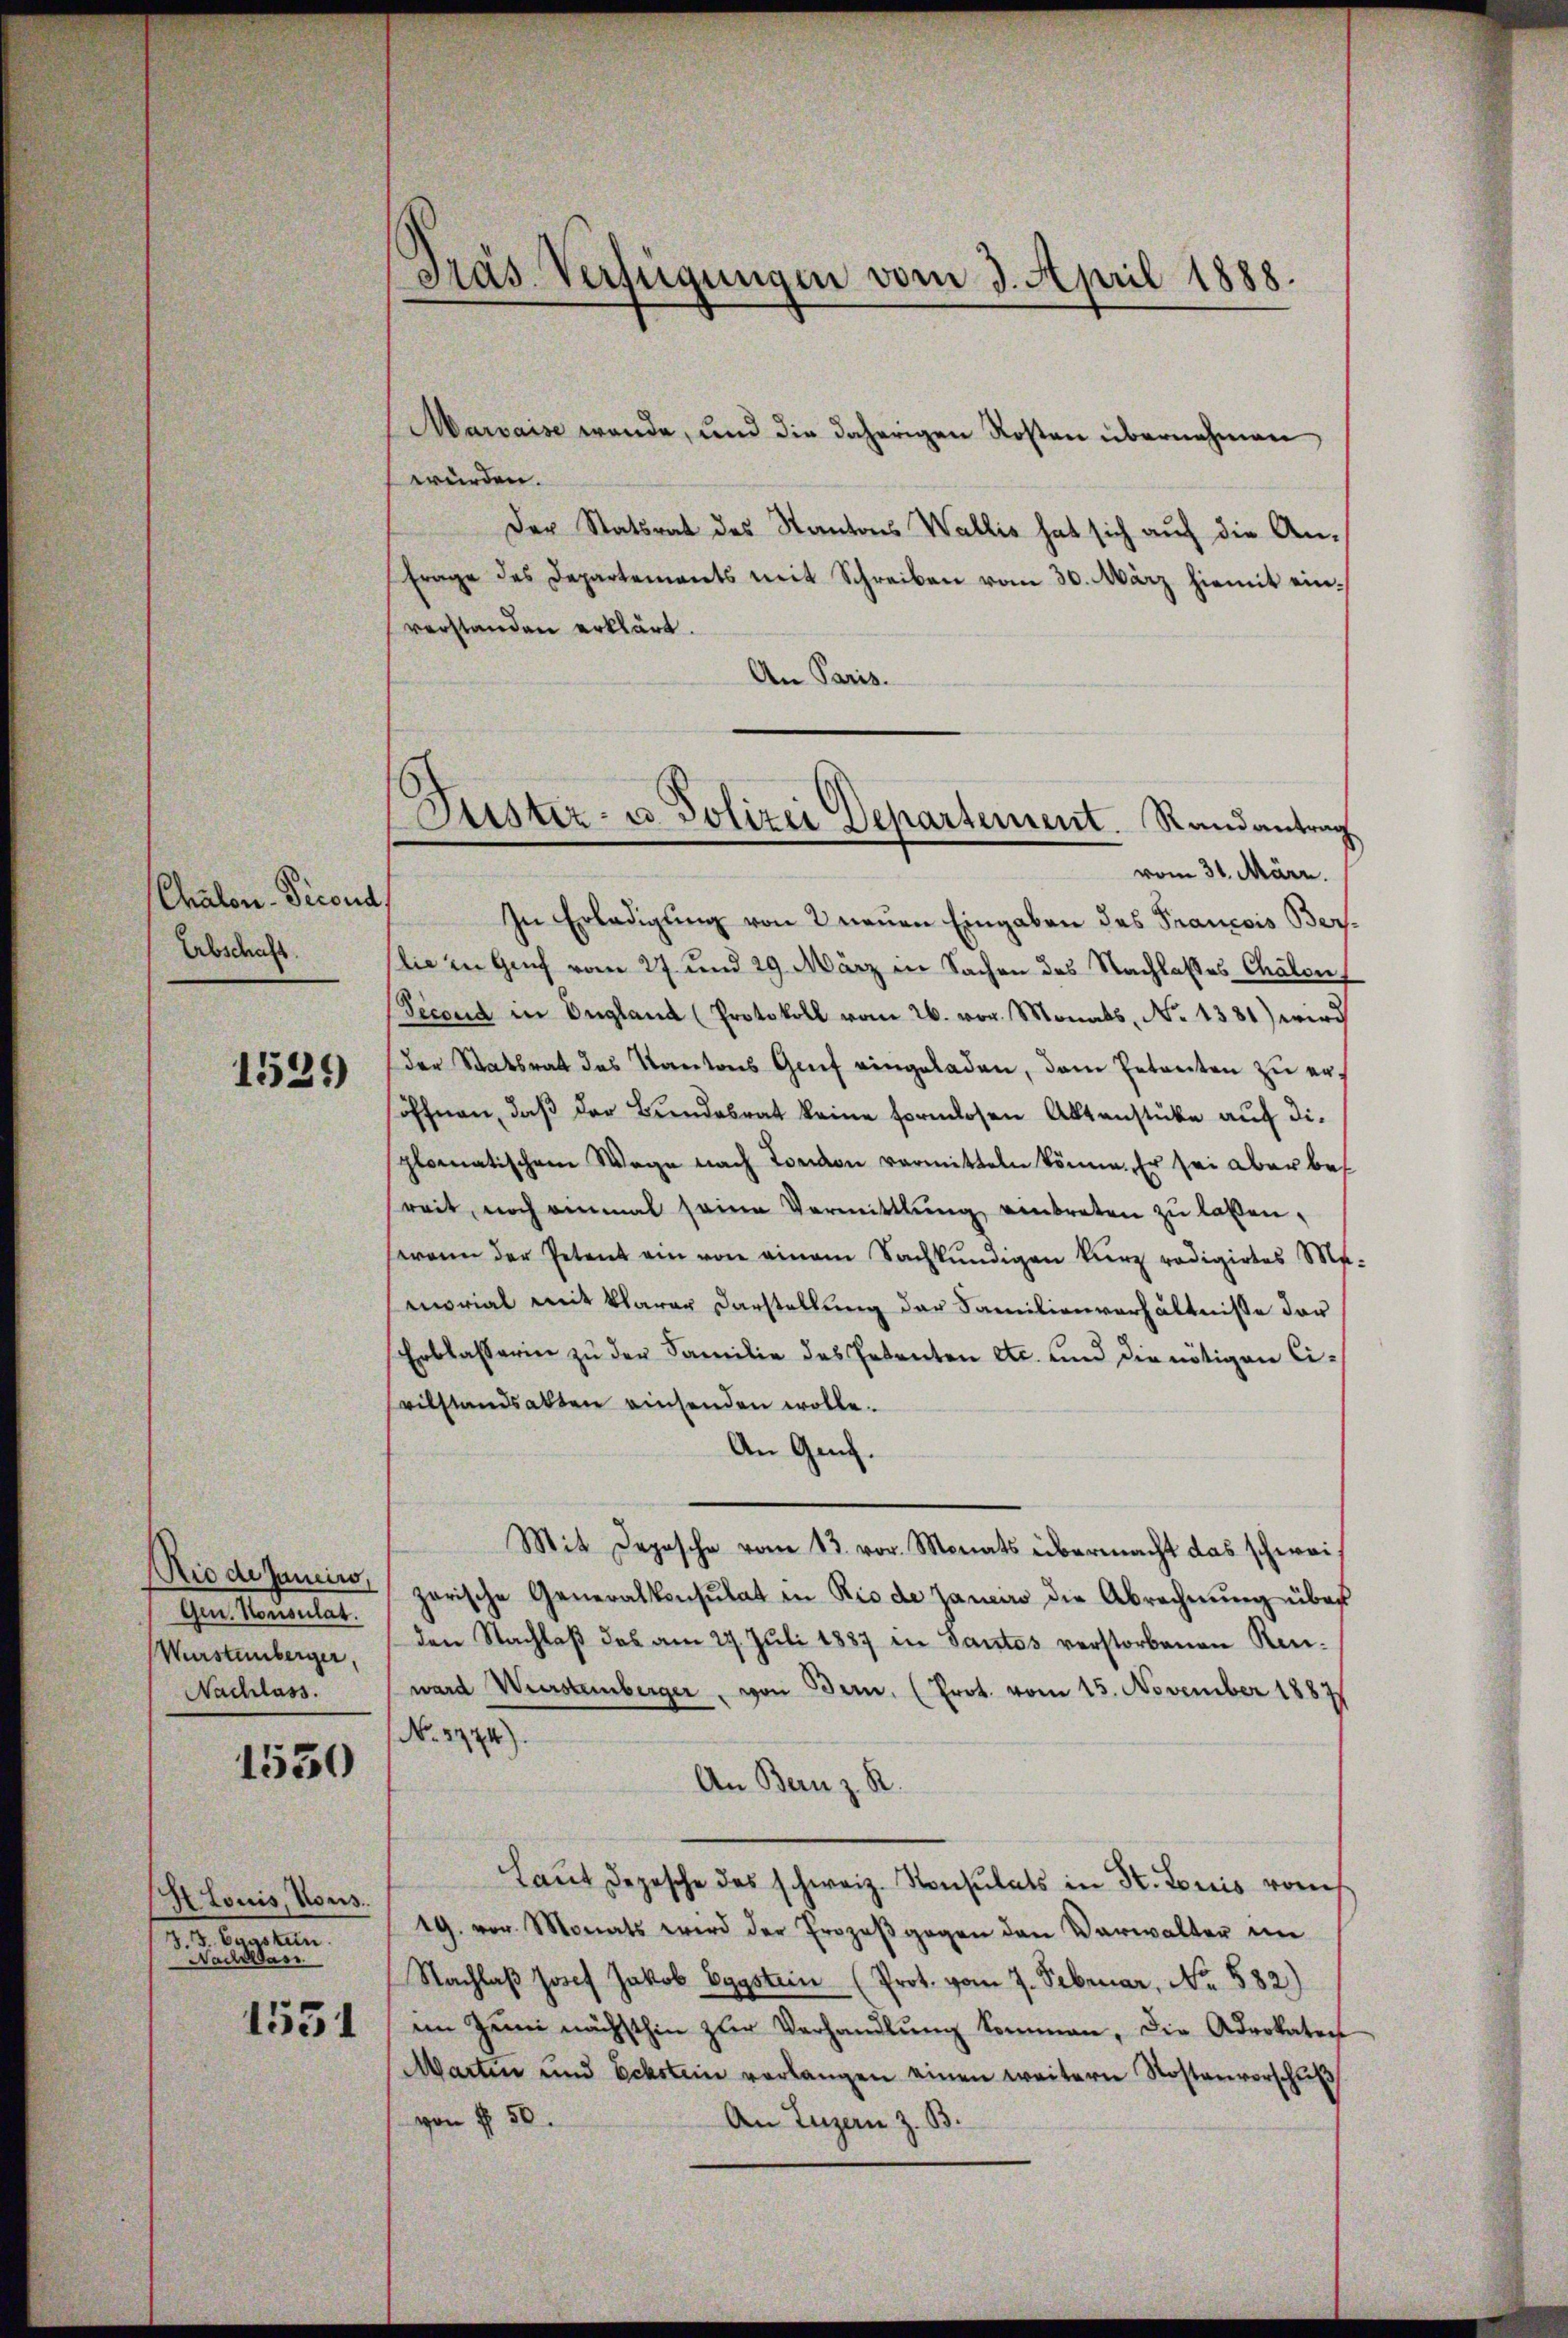
Chalon-Dicoud
Erbschaft.

1529)

Rio de Janciro,
Gen. Konsulat
Würstenberger,
Nachlass.

1550

H Louis, Nous.
1818. Jun
Nach Pas
1551

Pras. Verfügungen vom 3. April 1888.

Marvaise werde, und die daherigen Kosten übernehmen,
würden.
Der Statsrat des Kantons Wallis hat sich auf die An¬
Frage des Departements mit Schreiben vom 30. März hiemit einverstanden erklärt.
An Paris.
vom 31. März.
s
In Erledigung von 2 neuen Eingaben des Prancois Berslie in Genf vom 27. und 29. März in Sachen des Nachlasses Chalon
Pecond in England (Protokoll vom 26. vor. Monats, No 1381) wird
der Statsrat des Kantons Genf eingeladen, dem Petenten zu eröffnen, daβ der Bŭndesrat keine formlosen Aktenstücke auf die
plomatischem Wege nach London vermitteln könne. Er sei aber bes
reit, noch einmal seine Vermittlung eintreten zŭ lassen,
wann der Petent am von einem Sachkundigen kurz redigirtes Me-
morial mit klarer Darstellung der Familienverhältnisse der
Erblasserin zu der Familie des Petenten etc. und die nötigen Civilstandsakten einsenden wolle.
An Ges.
Mit Depesche vom 13. vor. Monats übermacht das schweizarische Generalkonsulat in Rio de Janeiro die Abrechnung über
den Nachlaß das am 27. Juli 1887 in Sautos verstorbenen Renward Wurstemberger, von Bern, (Prot. vom 15. November 1887
No. 3774)
An Bern z. R.
Laŭt Depesche des schweiz. Konsulats in St. Louis vom
19. vor. Monats wird der Prozeß gegen den Verwalter im
Nachlaβ Josef Jakob Eggstrin (Prot. vom 7. Februar, No. 582)
im Zŭm nächsthin zŭr Verhandlŭng kommen, die Advokaten
Marten und Eckstein verlangen einen weitern Kostenverschŭβ
von § 50.
An Luzern z. B.

Suster- u. Polizei Departement. Randantrag